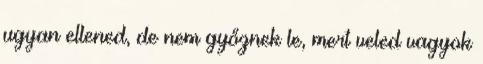
ugyan ellened, de nem győznek le, mert veled vagyok